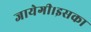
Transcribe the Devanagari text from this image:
जायेगी।इसका